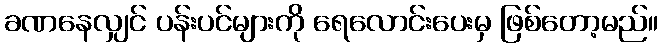
ခဏနေလျှင် ပန်းပင်များကို ရေလောင်းပေးမှ ဖြစ်တော့မည်။